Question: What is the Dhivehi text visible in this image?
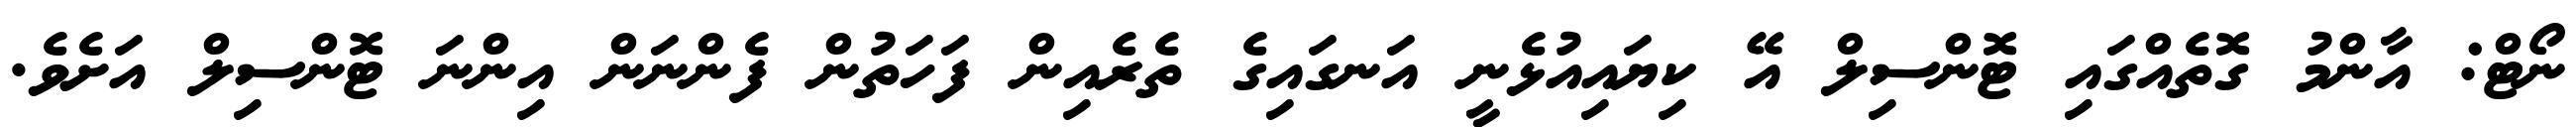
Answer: ނޯޓް: އާންމު ގޮތެއްގައި ޓޮންސިލް އޭ ކިޔައިއުޅެނީ އަނގައިގެ ތެރެއިން ފަހަތުން ފެންނަން އިންނަ ޓޮންސިލް އަށެވެ.